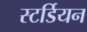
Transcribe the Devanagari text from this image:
स्टर्डियन